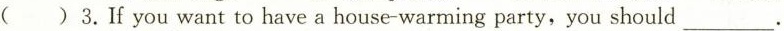
( )3.If you want to have a house-warming party,you should ___.